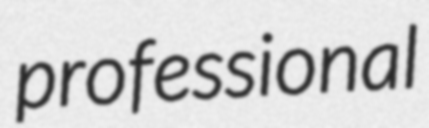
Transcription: professional